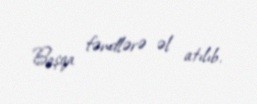
Başqa fəndlərə əl atılıb.